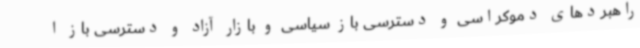
راهبردهای دموکراسی و دسترسی باز سیاسی و بازار آزاد و دسترسی باز ا